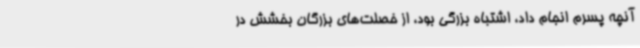
آنچه پسرم انجام داد، اشتباه بزرگی بود، از خصلت‌های بزرگان بخشش در